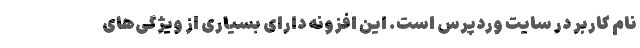
نام کاربر در سایت وردپرس است. این افزونه دارای بسیاری از ویژگی‌های